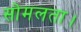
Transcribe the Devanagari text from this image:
सोमलता।